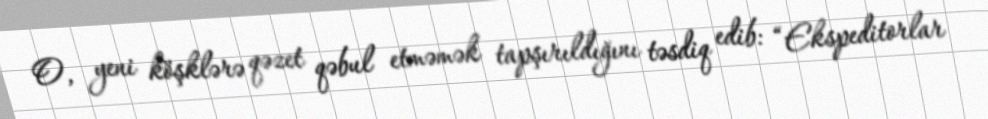
O, yeni köşklərə qəzet qəbul etməmək tapşırıldığını təsdiq edib: “Ekspeditorlar